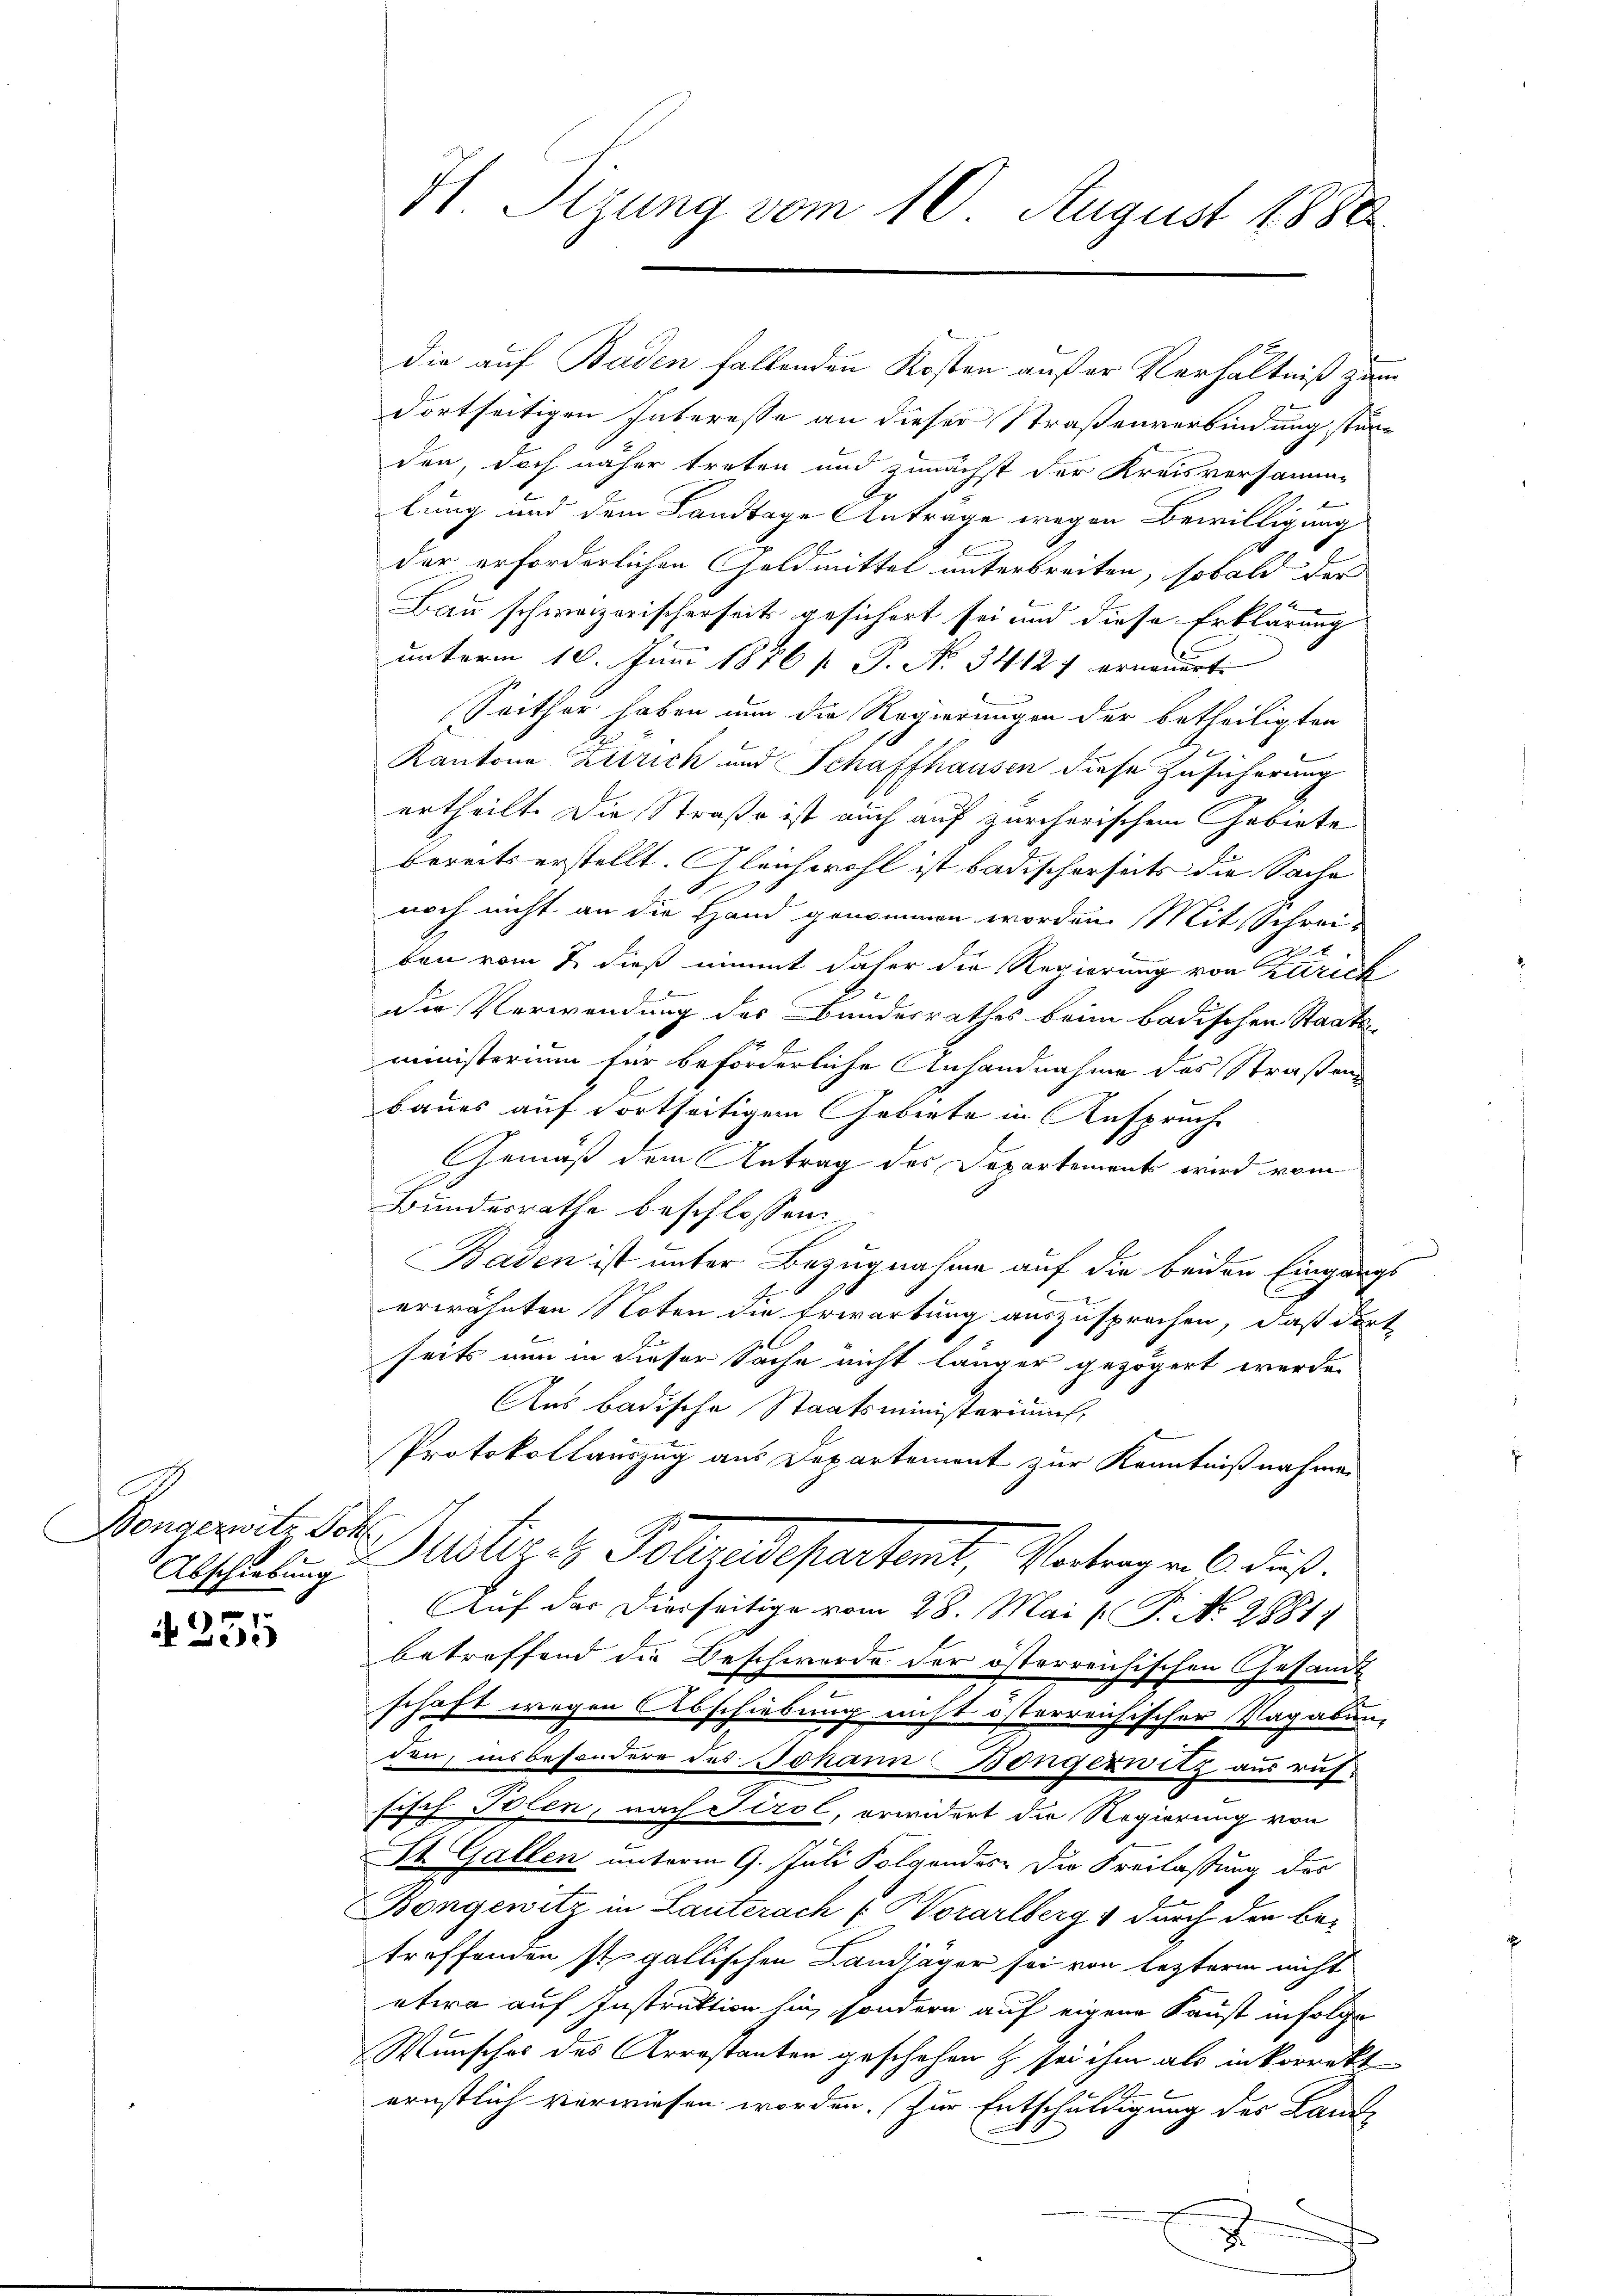
Bongezwitz Soh
Abschiebung

255

H. Sizung vom 10. August 1888

die auf Baden fallenden Kosten außer Verhältniß zum
dortseitigen Interesse an dieser Straßenverbindung stüre
den doch näher treten und zunächst der Kreisversamm-
lung und dem Landtage Anträge wegen Bewilligung
der erforderlichen Goldmittel unterbreiten, sobald der
Bau schweizerischerseits gesichert sei und diese Erklärung
unterm 10. Juni 1886 [ P. Nr. 34127 erneuert.
Seither haben nun die Regierungen der betheiligten
Kantone Zutrich und Schaffhausen diese Zusicherung
.
ertheilt. Die Straße ist auch auf zürcherischem Gebiete
bereits erstellt. Gleichwohl ist badischerseits die Sache
noch nicht an die Hand genommen worden. Mit Schreiben vom 7. dieß nimmt daher die Regierung von Zürich
Die Verwendung des Bundesrathes beim badischen Staatsministerium für beförderliche Anhandnahme des Straßen
7
baues auf Fortseitigem Gebiete in Anspruche
Gemäß dem Antrag des Departements wird vom
Bundesrathe beschlossen
Baden ist unter Bezugnahme auf die beiden Eingangs
erwähnten Noten die Erwartung auszusprechen, daß dort
seits nun in dieser Sache nicht länger gezögert werde.
Aus badische Staatsministeriums,
Protokollauszug aus Departement zur Kenntnißnahmen
Mater u. Polizeistetent, Vertrag als dies
Auf das Vierseitige vom 28. Mai l. P. No. 2881/
betreffend die Beschwerde der österreichischen Gesandt
2
schaft wegen Abschiebung nicht österreichischer Vagabung
der, insbesondere des Johann Bongerwitz ausruffisch Polen, nach Tirol, erwidert die Regierung von
St. Gallen unterm 9. Juli Folgendes Die Freilassung des
Bongewitz in Lauterach ( Worarlberg & durch den be-
treffenden st. gallischen Landjäger sei von lezterm nicht
etwa auf Instruktion hin, sondern auf eigene Kunst infolge
Wunsches des Arrestanten geschehen & sei ihm als inkorrekt
ernstlich verwiesen worden. Zur Entschuldigung des Land¬
2